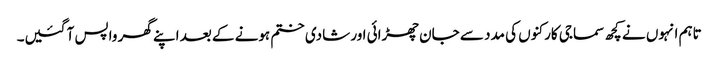
تاہم انہوں نے کچھ سماجی کارکنوں کی مدد سے جان چھڑائی اور شادی ختم ہونے کے بعد اپنے گھر واپس آ گئیں۔